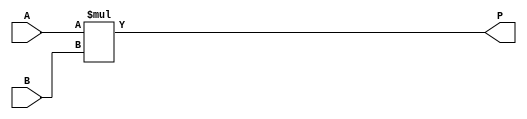
module dsp_mul_signed_comb (A, B, P);
	input signed [19:0] A;
	input signed [17:0] B;
	output signed [37:0] P;

		assign P   = A * B;
endmodule